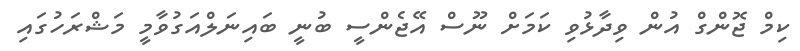
ކިމް ޖޮންގް އުން ވިދާޅުވި ކަމަށް ނޫސް އޭޖެންސީ ބުނީ ބައިނަލްއަގުވާމީ މަޝްރަހުގައި